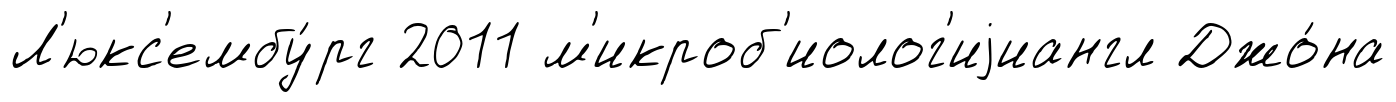
Л'юкс'ембу́рг 2011 м'икроб'иолог'иjиангл Джо́на